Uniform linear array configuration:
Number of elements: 24
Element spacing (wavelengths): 0.75
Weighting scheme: cosine
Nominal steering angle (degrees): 60
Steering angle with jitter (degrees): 58.675
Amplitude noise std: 0.05
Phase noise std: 0.05

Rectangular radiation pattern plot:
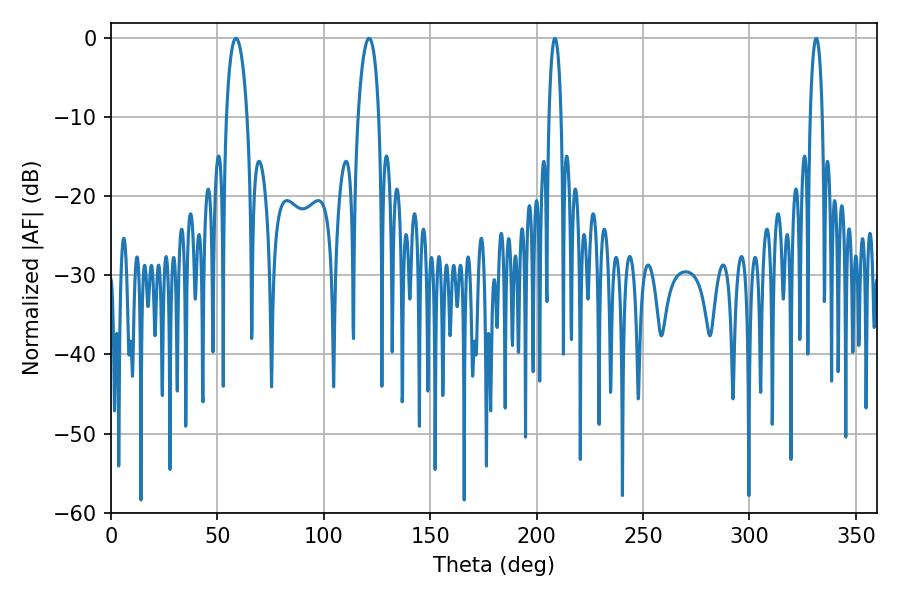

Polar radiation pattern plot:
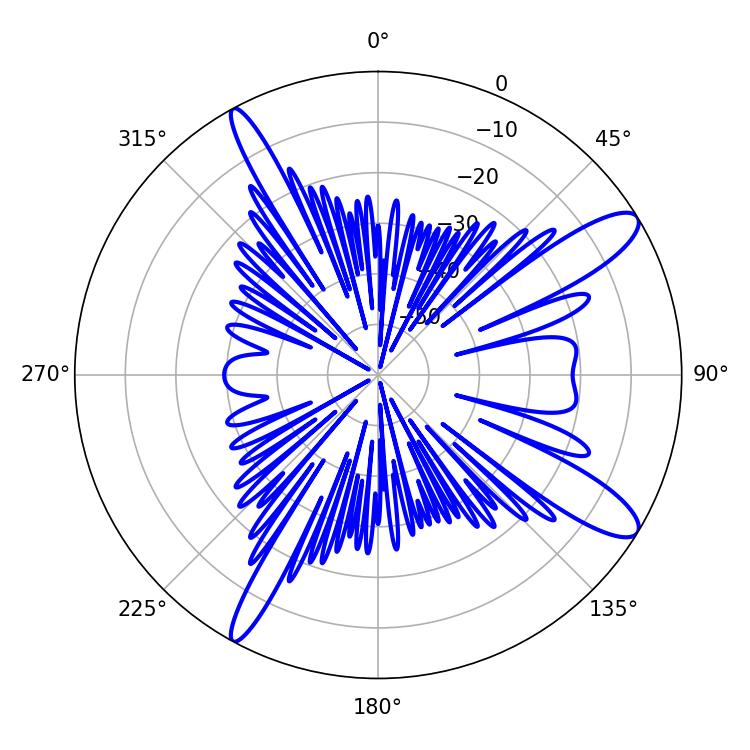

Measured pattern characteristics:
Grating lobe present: TRUE
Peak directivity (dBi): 12.072
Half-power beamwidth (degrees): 3.24
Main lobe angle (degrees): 208.62